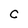
Character: C